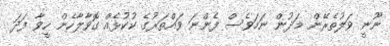
ނޫނީ ވަލުތެރޭން މަދުން ނަމަވެސް ފެންނަ ވައްތަރުގެ ކުކުޅެއް ގޮވާލާހެން ހީވާ ފަދަ